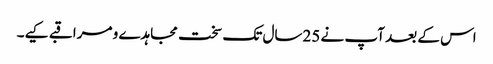
اس کے بعد آپ نے 25سال تک سخت مجاہدے و مراقبے کیے۔